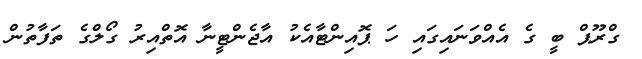
ގްރޫޕް ބީ ގެ އެއްވަނައިގައި ހަ ޕޮއިންޓާއެކު އާޖެންޓީނާ އޮތްއިރު ގޯލްގެ ތަފާތުން